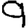
Digit: 9